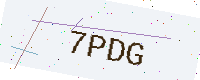
Text: 7PDG